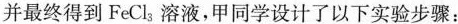
并最终得到FeCl_{3}溶液，甲同学设计了以下实验步骤：